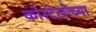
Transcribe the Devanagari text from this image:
कोस्टेलोच्या